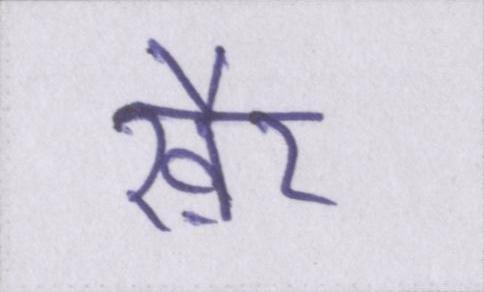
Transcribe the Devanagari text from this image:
ख़ैर